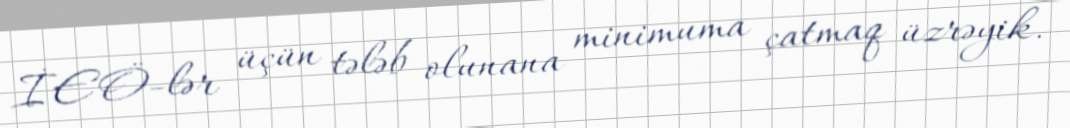
İEÖ-lər üçün tələb olunana minimuma çatmaq üzrəyik.